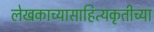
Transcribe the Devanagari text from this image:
लेखकाच्यासाहित्यकृतीच्या